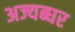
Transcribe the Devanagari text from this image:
अज्यब्घर